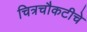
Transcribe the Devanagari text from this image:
चित्रचौकटीचे